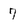
Character: 7